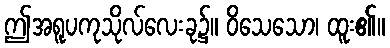
ဤအရူပကုသိုလ်လေးခု၌။ ဝိသေသော၊ ထူး၏။